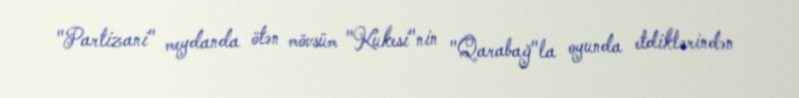
"Partizani" meydanda ötən mövsüm "Kukesi"nin "Qarabağ"la oyunda etdiklərindən